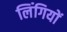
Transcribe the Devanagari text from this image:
लिंगियों